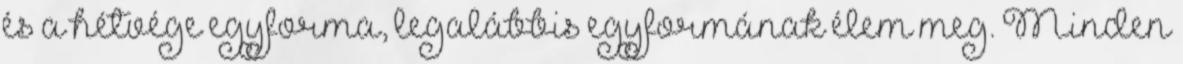
és a hétvége egyforma, legalábbis egyformának élem meg. Minden